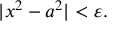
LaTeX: | x ^ { 2 } - a ^ { 2 } | < \varepsilon .